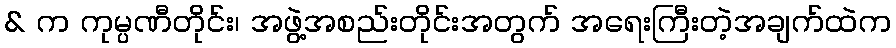
& က ကုမ္ပဏီတိုင်း၊ အဖွဲ့အစည်းတိုင်းအတွက် အရေးကြီးတဲ့အချက်ထဲက